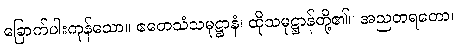
ခြောက်ပါးကုန်သော။ ဧတေသံသမုဋ္ဌာနံ၊ ထိုသမုဋ္ဌာန်တို့၏။ အညတရတော၊